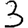
Digit: 3